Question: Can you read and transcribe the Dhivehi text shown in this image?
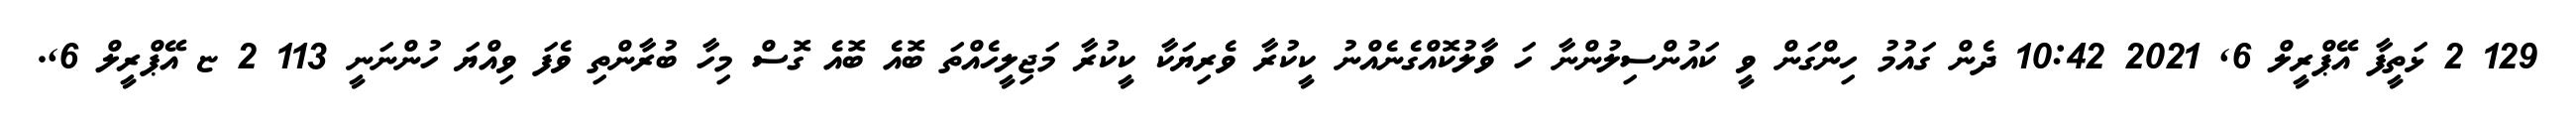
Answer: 129 2 ޅަތީފާ އޭޕްރީލް 6, 2021 10:42 ދެން ގައުމު ހިންގަން ވީ ކައުންސިލުންނާ ހަ ވާލުކޮއްގެނެއްނު ކީކުރާ ވެރިޔަކާ ކީކުރާ މަޖިލީހެއްތަ ބޮއެ ބޮއެ ގޮސް މިހާ ބުރާންތި ވެފަ ވިއްޔަ ހުންނަނީ 113 2 ޏ އޭޕްރީލް 6,.